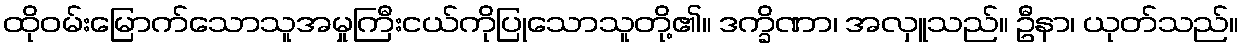
ထိုဝမ်းမြောက်သောသူအမှုကြီးငယ်ကိုပြုသောသူတို့၏။ ဒက္ခိဏာ၊ အလှူသည်။ ဦနာ၊ ယုတ်သည်။